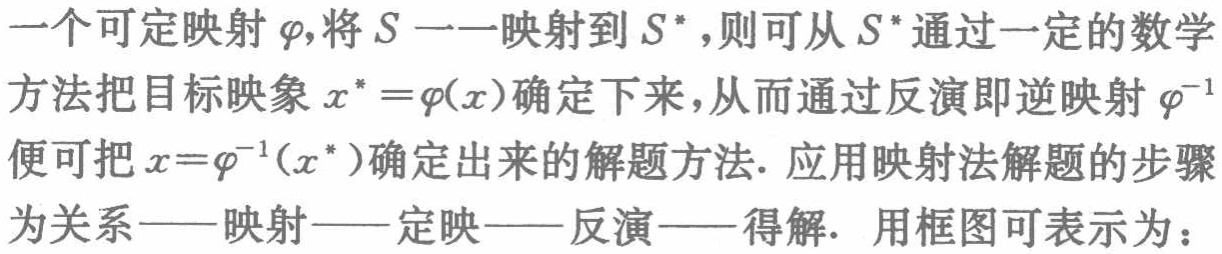
一个可定映射$\varphi$，将$S$一一映射到$S^{*}$，则可从$S^{*}$通过一定的数学方法把目标映象$x^{*}=\varphi(x)$确定下来，从而通过反演即逆映射$\varphi^{-1}$便可把$x = \varphi^{-1}(x^{*})$确定出来的解题方法. 应用映射法解题的步骤为关系——映射——定映——反演——得解. 用框图可表示为：